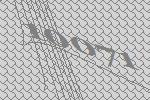
10071